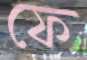
ফে